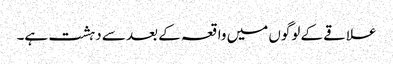
علاقے کے لوگوں میں واقعہ کے بعد سے دہشت ہے۔